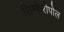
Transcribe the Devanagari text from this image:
सिम्फेरोपोल